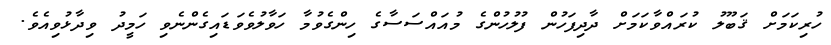
ހުރިކަމަށް ޤަބޫލު ކުރައްވާކަމަށް ދާދިފަހުން ފުލުހުންގެ މުއައްސަސާގެ ހިންގެވުމާ ހަވާލުވެވަޑައިގެންނެވި ހަމީދު ވިދާޅުވިއެވެ.